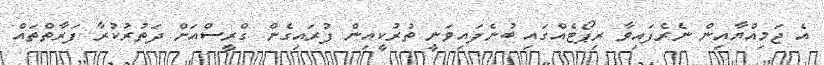
އެ ޖަމިއްޔާއިން ނެރެފައިވާ ރިޕޯޓެއްގައި ބުނެފައިވަނީ ތުރުކީއިން ފުރައިގެން ގްރީސްއަށް ދަތުރުކުރާ ފަރާތްތައް